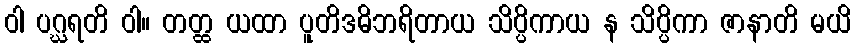
ဝါ ပဂ္ဃရတိ ဝါ။ တတ္ထ ယထာ ပူတိဒဓိဘရိတာယ သိပ္ပိကာယ န သိပ္ပိကာ ဇာနာတိ မယိ